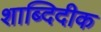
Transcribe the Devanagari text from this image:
शाब्दिदीक